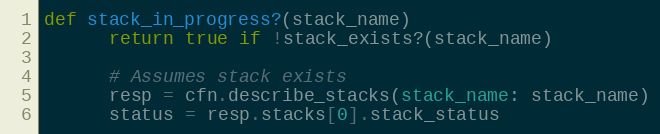
Language: Ruby
def stack_in_progress?(stack_name)
      return true if !stack_exists?(stack_name)

      # Assumes stack exists
      resp = cfn.describe_stacks(stack_name: stack_name)
      status = resp.stacks[0].stack_status